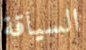
السياقة